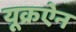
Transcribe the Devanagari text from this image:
यूक्रऐन